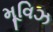
મૂવિઝ